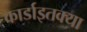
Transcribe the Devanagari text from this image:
कार्डाइतक्या